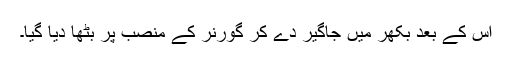
اس کے بعد بکھر میں جاگیر دے کر گورنر کے منصب پر بٹھا دیا گیا۔